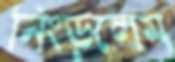
নিংড়লেম